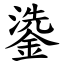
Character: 鍌